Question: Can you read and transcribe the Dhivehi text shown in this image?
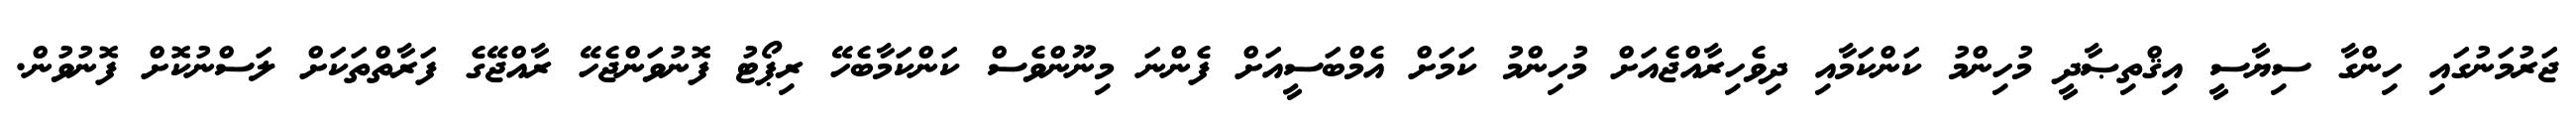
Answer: ޖަރުމަނުގައި ހިންގާ ސިޔާސީ އިޤްތިޞާދީ މުހިންމު ކަންކަމާއި ދިވެހިރާއްޖެއަށް މުހިންމު ކަމަށް އެމްބަސީއަށް ފެންނަ މިނޫންވެސް ކަންކަމާބެހޭ ރިޕޯޓު ފޮނުވަންޖެހޭ ރާއްޖޭގެ ފަރާތްތަކަށް ލަސްނުކޮށް ފޮނުވުން.